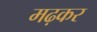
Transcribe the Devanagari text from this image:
मढ़कर